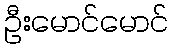
ဦးမောင်မောင်